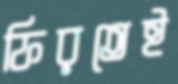
ফিরতেই